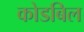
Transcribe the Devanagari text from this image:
कोडबिल